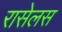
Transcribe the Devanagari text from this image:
रासेलस